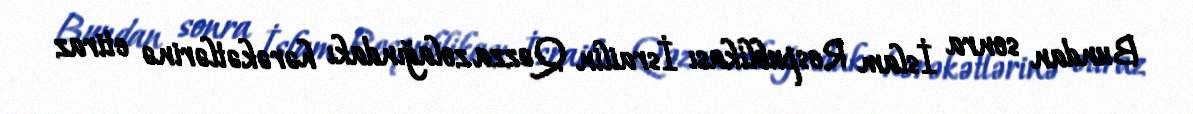
Bundan sonra İslam Respublikası İsrailin Qəzza zolağındakı hərəkətlərinə etiraz